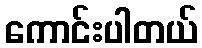
ကောင်းပါတယ်